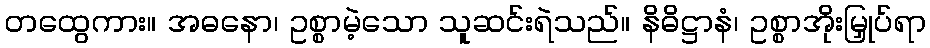
တထွေကား။ အဓနော၊ ဥစ္စာမဲ့သော သူဆင်းရဲသည်။ နိဓိဋ္ဌာနံ၊ ဥစ္စာအိုးမြှုပ်ရာ